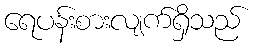
ရေပန်းစားလျက်ရှိသည်